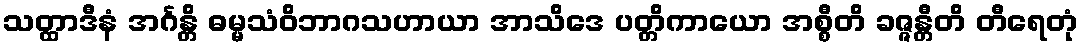
သတ္ထာဒီနံ အင်္ဂန္တိ ဓမ္မသံဝိဘာဂသဟာယာ အာသိဒေ ပတ္တိကာယော အစ္စီတိ ခဇ္ဇန္တီတိ တီရေတုံ